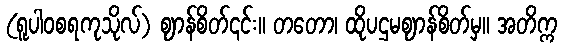
(ရူပါဝစရကုသိုလ်) ဈာန်စိတ်၎င်း။ တတော၊ ထိုပဌမဈာန်စိတ်မှ။ အတိက္က